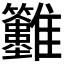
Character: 𩁲